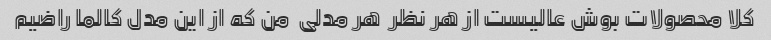
کلا محصولات بوش عالیست از هر نظر  هر مدلی  من که از این مدل کالما راضیم